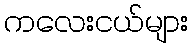
ကလေးငယ်များ